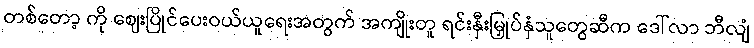
တစ်တော့ ကို ဈေးပြိုင်ပေးဝယ်ယူရေးအတွက် အကျိုးတူ ရင်းနှီးမြှုပ်နှံသူတွေဆီက ဒေါ်လာ ဘီလျံ